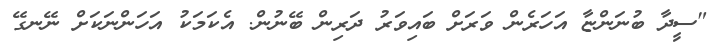
"ސީދާ ބުނަންޏާ އަހަރެން ވަރަށް ބައިވަރު ދަރިން ބޭނުން. އެކަމަކު އަހަންނަކަށް ނޭނގޭ